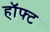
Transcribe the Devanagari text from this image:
हॉफ्ट